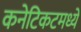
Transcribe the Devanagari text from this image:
कनेटिकटमध्ये